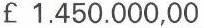
£ 1.450.000,00